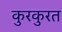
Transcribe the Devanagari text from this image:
कुरकुरत